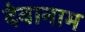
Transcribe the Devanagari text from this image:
देवानाम